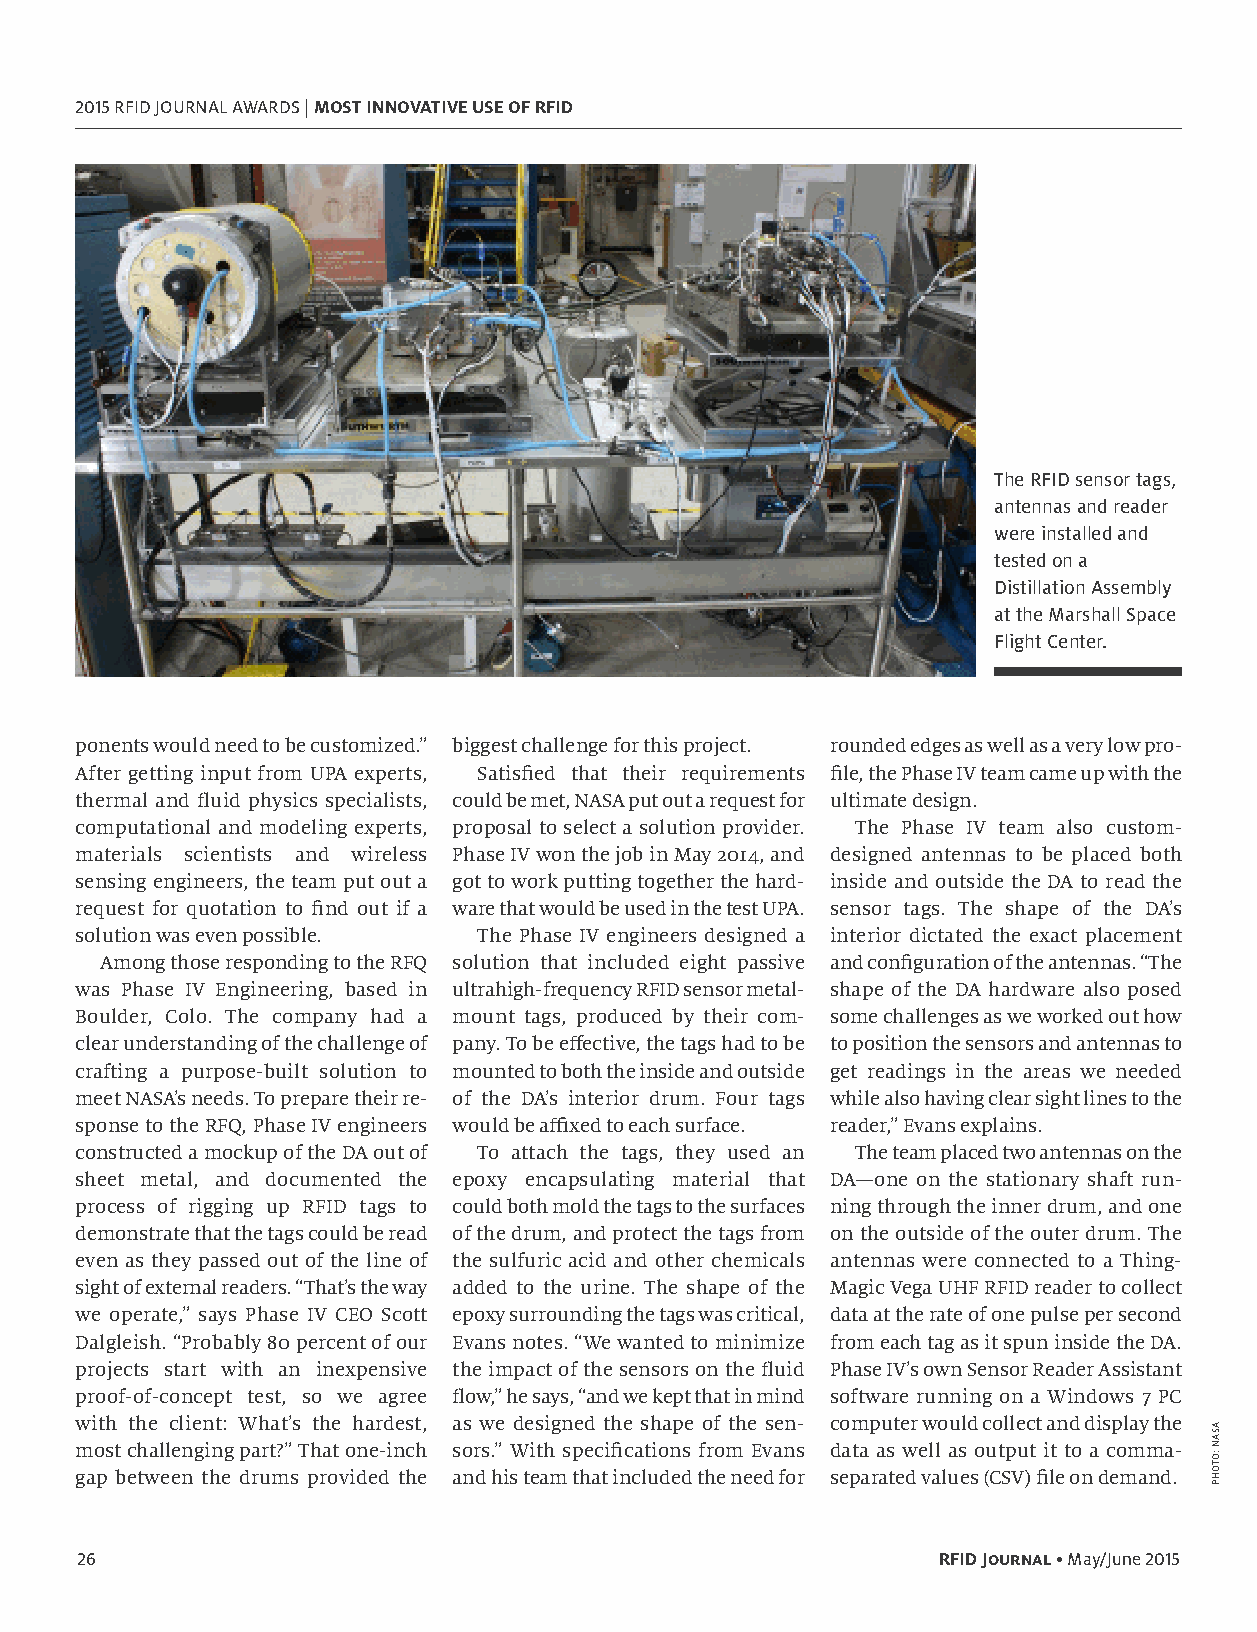
2015 RFID JOURNAL AWARDS | MOST INNOVATIVE USE OF RFID
 The RFID sensor tags,
 antennas and reader
 were installed and
 tested on a
 Distillation Assembly
 at the Marshall Space
 Flight Center.
 ponents would need to be customized.” biggest challenge for this project. rounded edges as well as a very low pro-
 After getting input from UPA experts, Satisfied that their requirements file, the Phase IV team came up with the
 thermal and fluid physics specialists, could be met, NASA put out a request for ultimate design.
 computational and modeling experts, proposal to select a solution provider. The Phase IV team also custom-
 materials scientists and wireless Phase IV won the job in May 2014, and designed antennas to be placed both
 sensing engineers, the team put out a got to work putting together the hard- inside and outside the DA to read the
 request for quotation to find out if a ware that would be used in the test UPA. sensor tags. The shape of the DA’s
 solution was even possible. The Phase IV engineers designed a interior dictated the exact placement
 Among those responding to the RFQ solution that included eight passive and configuration of the antennas. “The
 was Phase IV Engineering, based in ultrahigh-frequency RFID sensor metal- shape of the DA hardware also posed
 Boulder, Colo. The company had a mount tags, produced by their com- some challenges as we worked out how
 clear understanding of the challenge of pany. To be effective, the tags had to be to position the sensors and antennas to
 crafting a purpose-built solution to mounted to both the inside and outside get readings in the areas we needed
 meet NASA’s needs. To prepare their re- of the DA’s interior drum. Four tags while also having clear sight lines to the
 sponse to the RFQ, Phase IV engineers would be affixed to each surface. reader,” Evans explains.
 constructed a mockup of the DA out of To attach the tags, they used an The team placed two antennas on the
 sheet metal, and documented the epoxy encapsulating material that DA—one on the stationary shaft run-
 process of rigging up RFID tags to could both mold the tags to the surfaces ning through the inner drum, and one
 demonstrate that the tags could be read of the drum, and protect the tags from on the outside of the outer drum. The
 even as they passed out of the line of the sulfuric acid and other chemicals antennas were connected to a Thing-
 sight of external readers. “That’s the way added to the urine. The shape of the Magic Vega UHF RFID reader to collect
 we operate,” says Phase IV CEO Scott epoxy surrounding the tags was critical, data at the rate of one pulse per second
 Dalgleish. “Probably 80 percent of our Evans notes. “We wanted to minimize from each tag as it spun inside the DA.
 projects start with an inexpensive the impact of the sensors on the fluid Phase IV’s own Sensor Reader Assistant
 proof-of-concept test, so we agree flow,” he says, “and we kept that in mind software running on a Windows 7 PC
 with the client: What’s the hardest, as we designed the shape of the sen- computer would collect and display the
 most challenging part?” That one-inch sors.” With specifications from Evans data as well as output it to a comma-
 gap between the drums provided the and his team that included the need for separated values (CSV) file on demand.
 26                                                       RFID Journal• May/June 2015
 ASAN
 :OTOHP